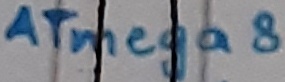
Text: ATmega8